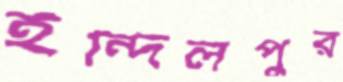
ইন্দিলপুর